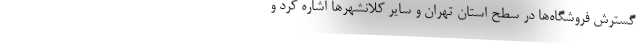
گسترش فروشگاه‌ها در سطح استان تهران و سایر کلانشهر‌ها اشاره کرد و